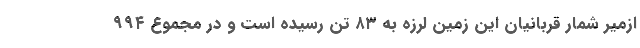
ازمیر شمار قربانیان این زمین لرزه به ۸۳ تن رسیده است و در مجموع ۹۹۴